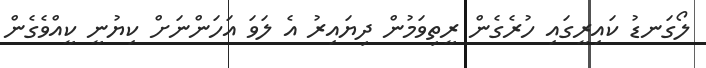
ލޯގަނޑު ކައިރީގައި ހުރެގެން ރީތިވަމުން ދިޔައިރު އެ ލަވަ އަހަންނަށް ކިޔުނީ ކީއްވެގެން